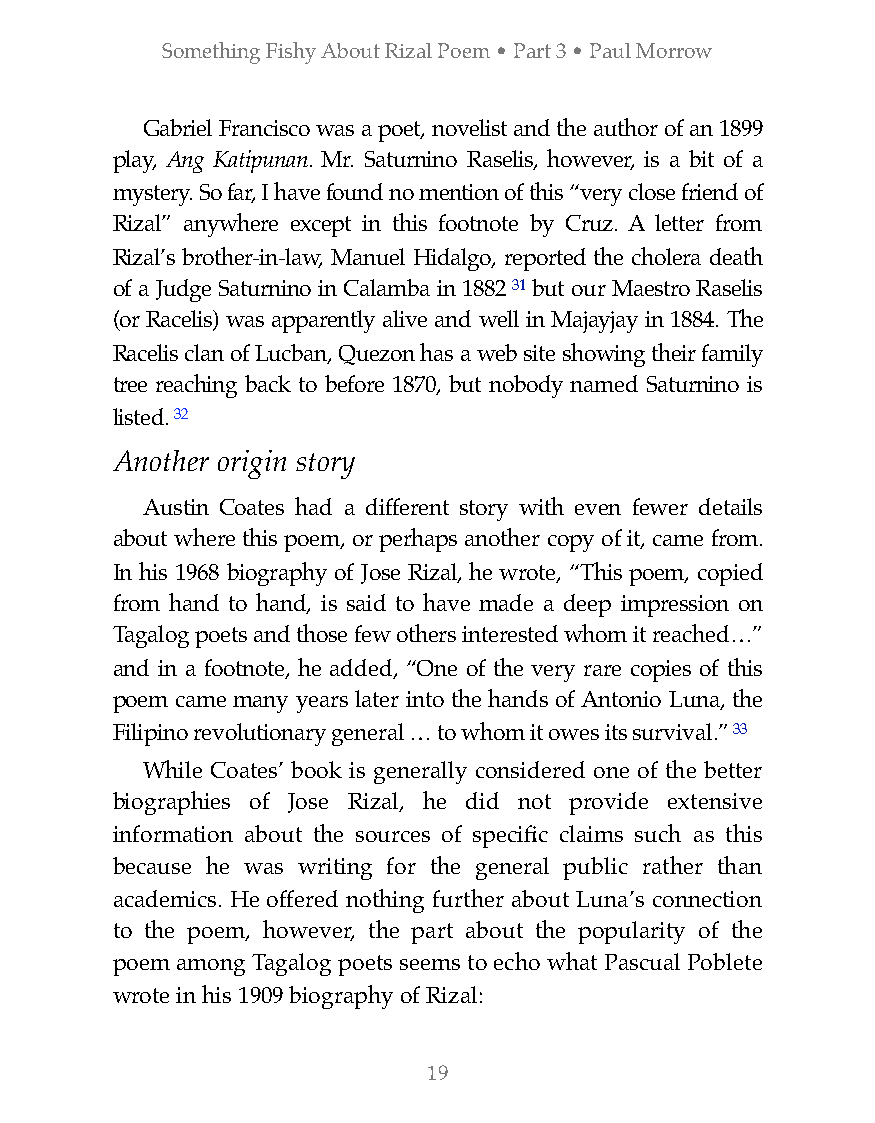
Something Fishy About Rizal Poem • Part 3 • Paul Morrow
 Gabriel Francisco was a poet, novelist and the author of an 1899
 play, Ang Katipunan. Mr. Saturnino Raselis, however, is a bit of a
 mystery. So far, I have found no mention of this “very close friend of
 Rizal” anywhere except in this footnote by Cruz. A letter from
 Rizal’s brother-in-law, Manuel Hidalgo, reported the cholera death
 of a Judge Saturnino in Calamba in 1882 31 but our Maestro Raselis
 (or Racelis) was apparently alive and well in Majayjay in 1884. The
 Racelis clan of Lucban, Quezon has a web site showing their family
 tree reaching back to before 1870, but nobody named Saturnino is
 listed. 32
 Another origin story
 Austin Coates had a different story with even fewer details
 about where this poem, or perhaps another copy of it, came from.
 In his 1968 biography of Jose Rizal, he wrote, “This poem, copied
 from hand to hand, is said to have made a deep impression on
 Tagalog poets and those few others interested whom it reached…”
 and in a footnote, he added, “One of the very rare copies of this
 poem came many years later into the hands of Antonio Luna, the
 Filipino revolutionary general … to whom it owes its survival.” 33
 While Coates’ book is generally considered one of the better
 biographies of Jose Rizal, he did not provide extensive
 information about the sources of specific claims such as this
 because he was writing for the general public rather than
 academics. He offered nothing further about Luna’s connection
 to the poem, however, the part about the popularity of the
 poem among Tagalog poets seems to echo what Pascual Poblete
 wrote in his 1909 biography of Rizal:
 19